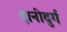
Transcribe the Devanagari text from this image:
दानीदुर्ग